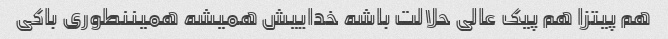
هم پیتزا هم پیک عالی حلالت باشه خداییش همیشه همیننطوری باکی